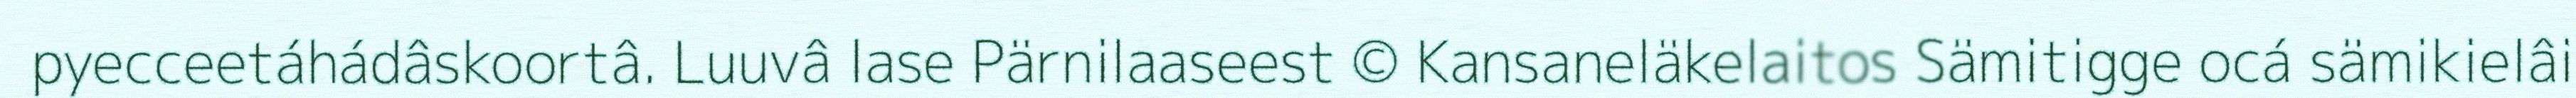
pyecceetáhádâskoortâ. Luuvâ lase Pärnilaaseest © Kansaneläkelaitos Sämitigge ocá sämikielâi